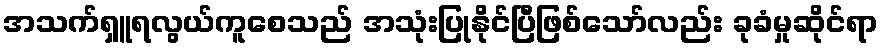
အသက်ရှူရလွယ်ကူစေသည် အသုံးပြုနိုင်ပြီဖြစ်သော်လည်း ခုခံမှုဆိုင်ရာ